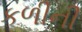
કળીની